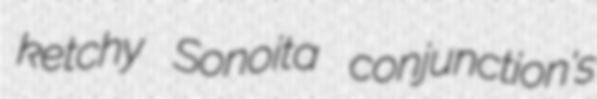
ketchy Sonoita conjunction's